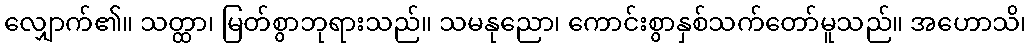
လျှောက်၏။ သတ္ထာ၊ မြတ်စွာဘုရားသည်။ သမနုညော၊ ကောင်းစွာနှစ်သက်တော်မူသည်။ အဟောသိ၊